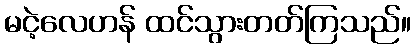
မငဲ့လေဟန် ထင်သွားတတ်ကြသည်။